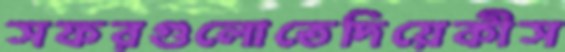
সফরগুলোতেদিয়েকীস